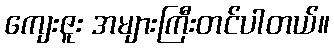
ကျေးဇူး အများကြီးတင်ပါတယ်။